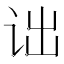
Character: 诎